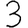
Digit: 3